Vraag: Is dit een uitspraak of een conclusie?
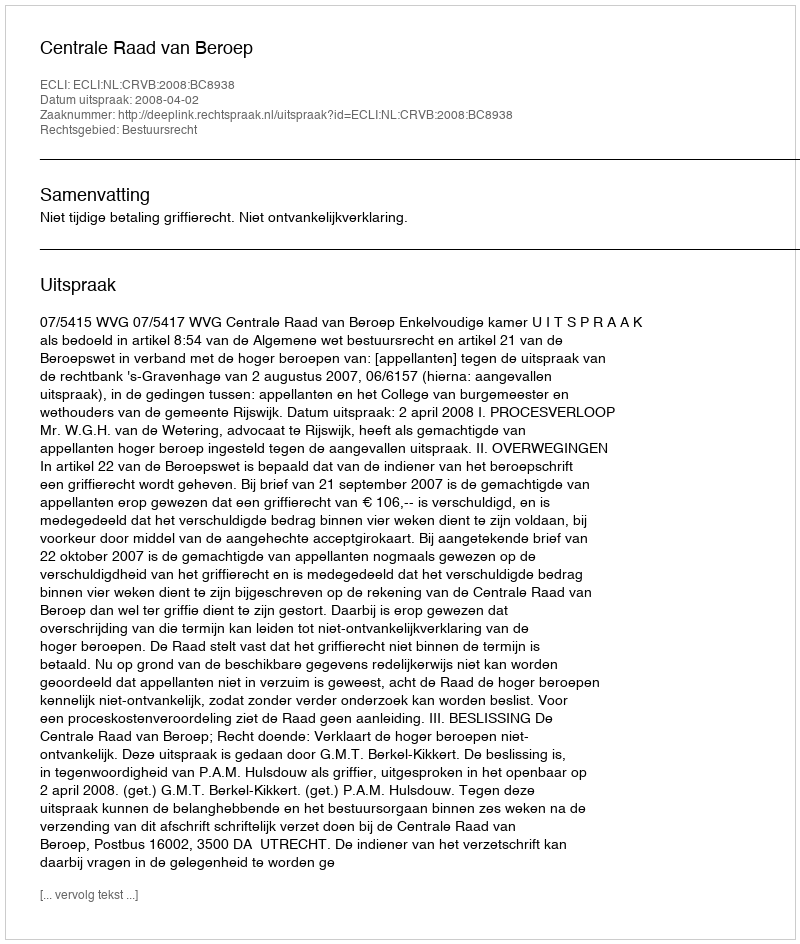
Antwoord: Uitspraak